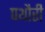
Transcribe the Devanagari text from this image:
पथौरी